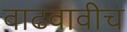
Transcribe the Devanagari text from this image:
वाढवावीच